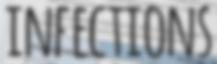
INFECTIONS